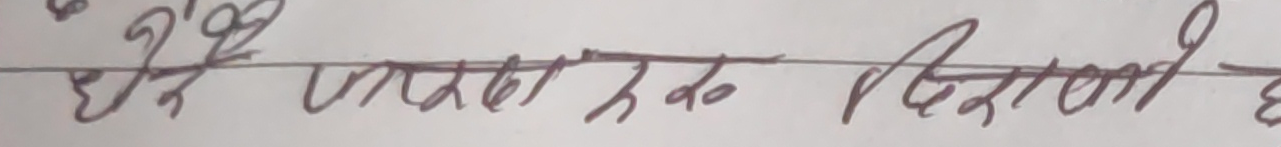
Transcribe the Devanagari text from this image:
हरेक प्रकारका विद्यार्थी हुन् ।